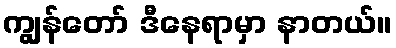
ကျွန်တော် ဒီနေရာမှာ နာတယ်။